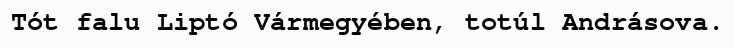
Tót falu Liptó Vármegyében, totúl Andrásova.